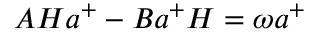
A H a ^ { + } - B a ^ { + } H = \omega a ^ { + }